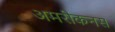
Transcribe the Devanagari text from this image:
अमरीकनस